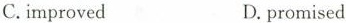
C.improved D.promised